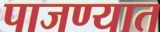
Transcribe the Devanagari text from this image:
पाजण्यात